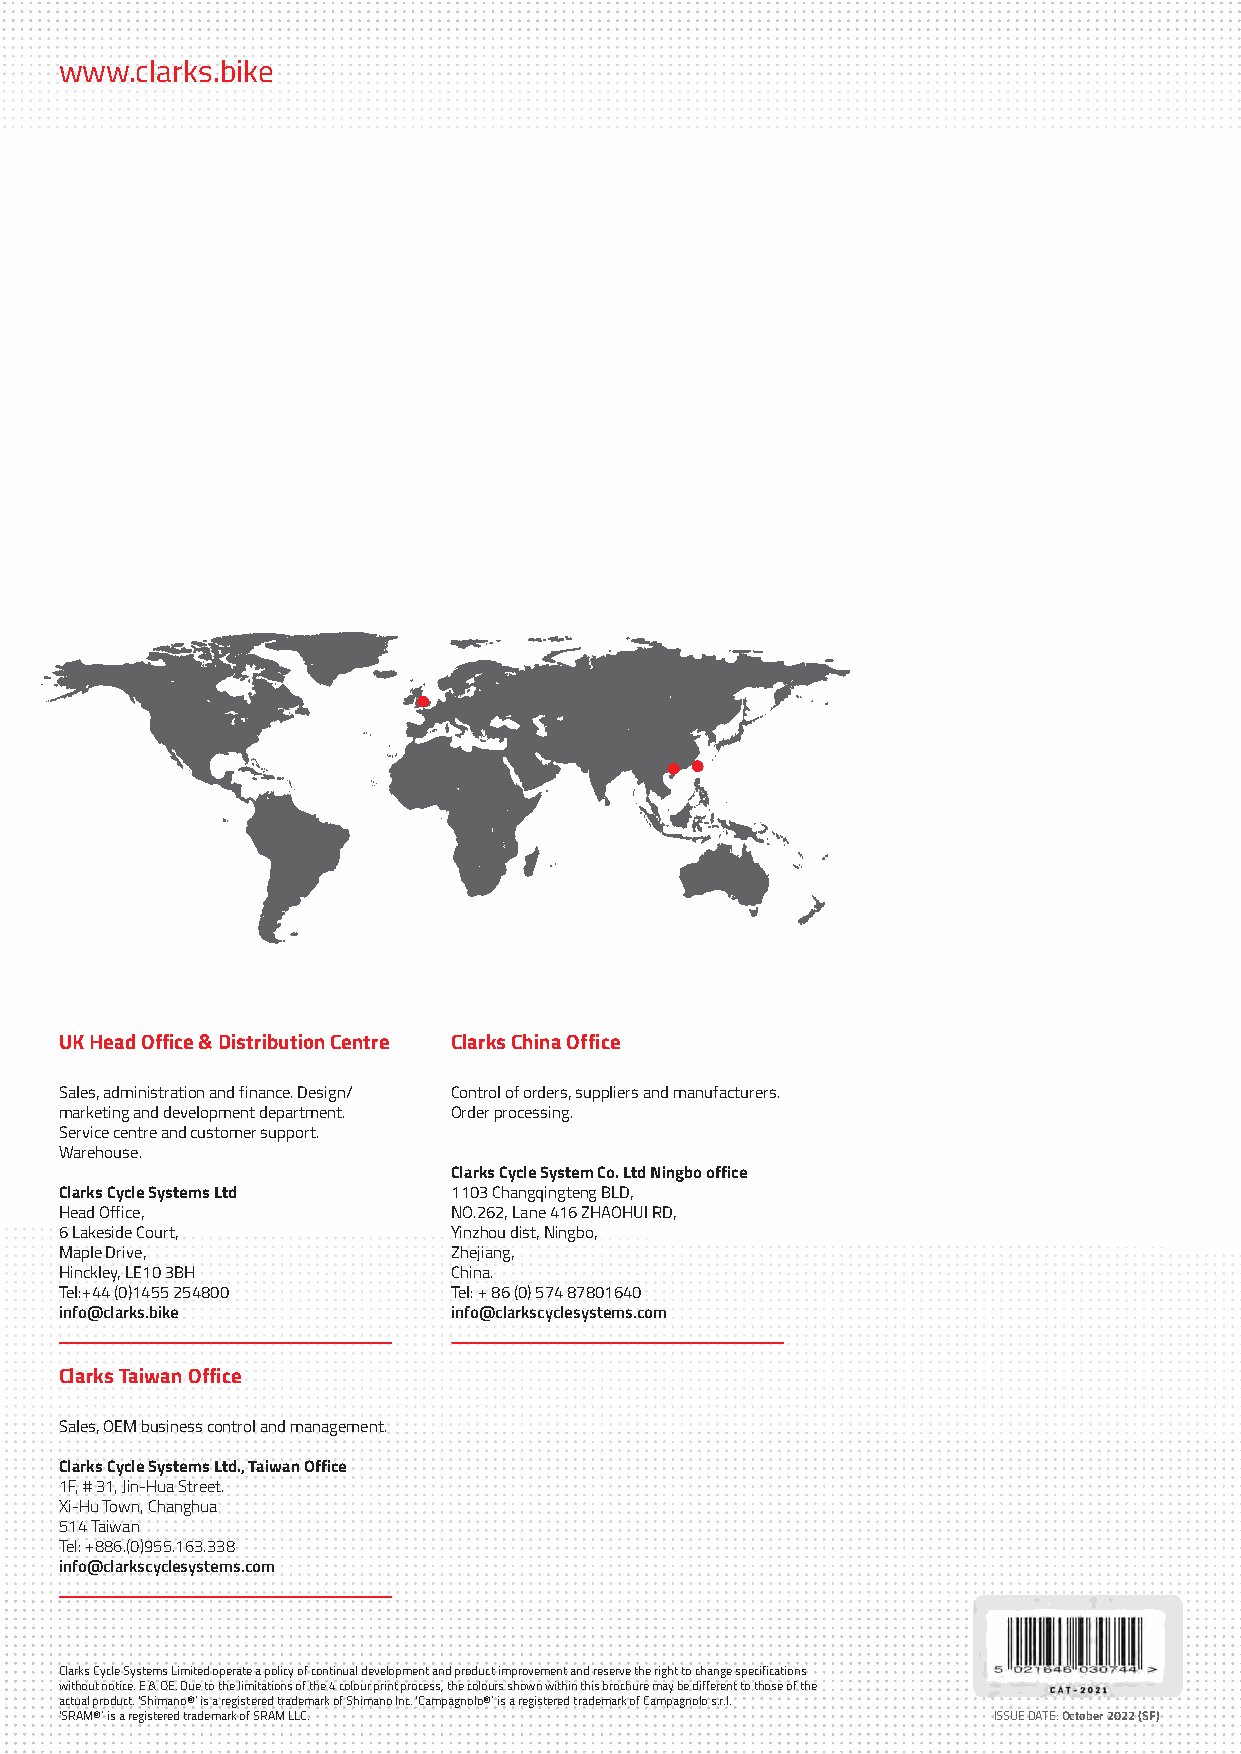
www.clarks.bike
 UK Head Office & Distribution Centre Clarks China Office
 Sales, administration and finance. Design/ Control of orders, suppliers and manufacturers.
 marketing and development department. Order processing.
 Service centre and customer support.
 Warehouse.
 Clarks Cycle System Co. Ltd Ningbo office
 Clarks Cycle Systems Ltd  1103 Changqingteng BLD,
 Head Office,              NO.262, Lane 416 ZHAOHUI RD,
 6 Lakeside Court,         Yinzhou dist, Ningbo,
 Maple Drive,              Zhejiang,
 Hinckley, LE10 3BH        China.
 Tel:+44 (0)1455 254800    Tel: + 86 (0) 574 87801640
 info@clarks.bike          info@clarkscyclesystems.com
 Clarks Taiwan Office
 Sales, OEM business control and management.
 Clarks Cycle Systems Ltd., Taiwan Office
 1F, # 31, Jin-Hua Street.
 Xi-Hu Town, Changhua
 514 Taiwan
 Tel: +886.(0)955.163.338
 info@clarkscyclesystems.com
 Clarks Cycle Systems Limited operate a policy of continual development and product improvement and reserve the right to change specifications
 without notice. E & OE. Due to the limitations of the 4 colour print process, the colours shown within this brochure may be different to those of the
 actual product. ‘Shimano®’ is a registered trademark of Shimano Inc. ‘Campagnolo®’ is a registered trademark of Campagnolo s.r.l.
 ‘SRAM®’ is a registered trademark of SRAM LLC.                ISSUE DATE: October 2022 (SF)